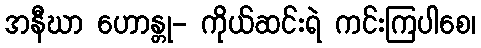
အနီဃာ ဟောန္တု- ကိုယ်ဆင်းရဲ ကင်းကြပါစေ၊